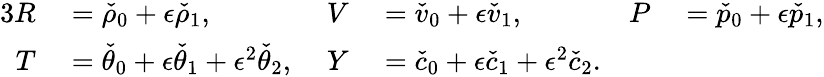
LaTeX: \begin{array}{rlrlrl}{{3}R}&{{}=\check{\rho}_{0}+\epsilon\check{\rho}_{1},}&{V}&{{}=\check{v}_{0}+\epsilon\check{v}_{1},\; }&{P}&{{}=\check{p}_{0}+\epsilon\check{p}_{1},}\\ {T}&{{}=\check{\theta}_{0}+\epsilon\check{\theta}_{1}+\epsilon^{2}\check{\theta}_{2},\; }&{Y}&{{}=\check{c}_{0}+\epsilon\check{c}_{1}+\epsilon^{2}\check{c}_{2}.}&{}&{{}}\end{array}